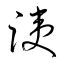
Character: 洟